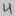
Text: 4